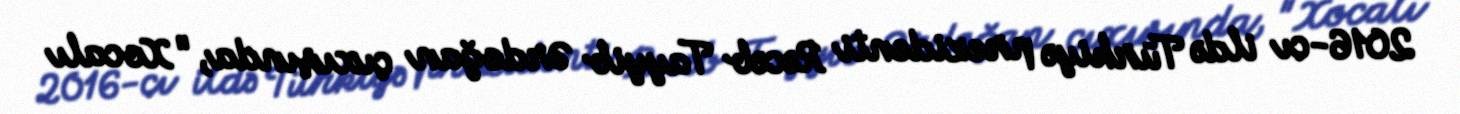
2016-cı ildə Türkiyə prezidenti Rəcəb Tayyib Ərdoğan çıxışında, "Xocalı